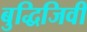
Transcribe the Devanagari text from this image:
बुद्धिजिवी